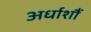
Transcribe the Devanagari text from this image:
अर्धाशौं